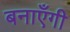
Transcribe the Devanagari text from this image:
बनाएँगी